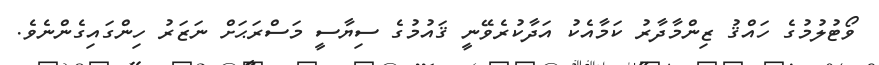
ވޯޓުލުމުގެ ހައްޤު ޒިންމާދާރު ކަމާއެކު އަދާކުރެވޭނީ ޤައުމުގެ ސިޔާސީ މަސްރަޙަށް ނަޒަރު ހިންގައިގެންނެވެ.